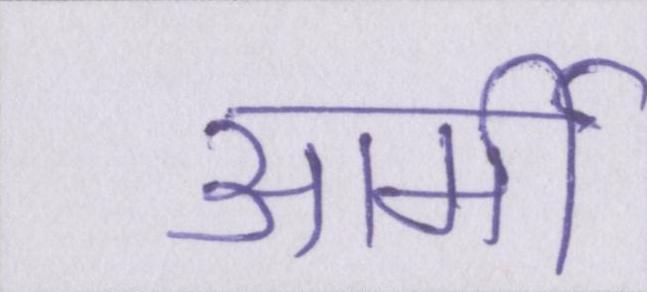
आर्मी